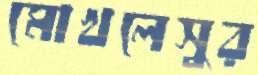
মোখলেসুর